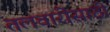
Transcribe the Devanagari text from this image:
तलवारींसाठी